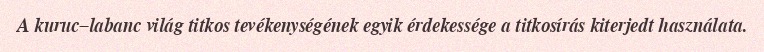
A kuruc–labanc világ titkos tevékenységének egyik érdekessége a titkosírás kiterjedt használata.